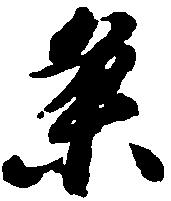
条